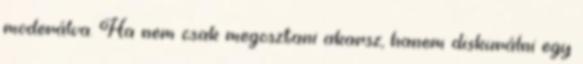
moderálva. Ha nem csak megosztani akarsz, hanem diskurálni egy